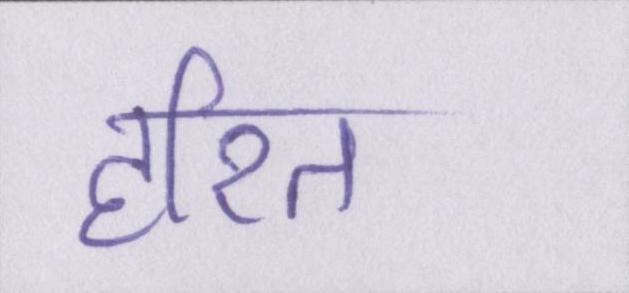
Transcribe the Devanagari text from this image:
हरित